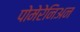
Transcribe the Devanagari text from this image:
पोमेरेनिअन